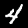
Digit: 4